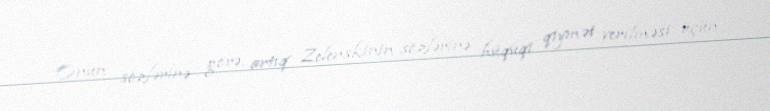
Onun sözlərinə görə, artıq Zelenskinin sözlərinə hüquqi qiymət verilməsi üçün